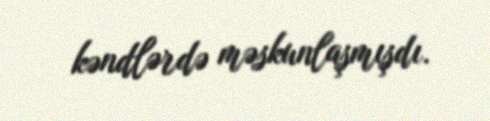
kəndlərdə məskunlaşmışdı.